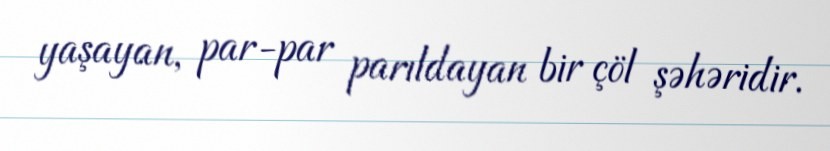
yaşayan, par-par parıldayan bir çöl şəhəridir.